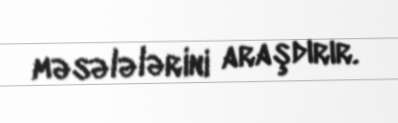
məsələlərini araşdırır.